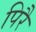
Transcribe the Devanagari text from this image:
पिरै